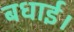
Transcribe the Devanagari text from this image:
बधाई।